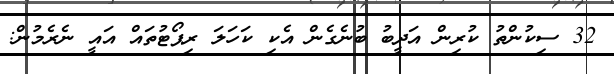
32 ސިކުންތު ކުރިން އަދީބު ބުނެގެން އެކި ކަހަލަ ރިޕޯޓުތައް އައީ ނެރެމުން: